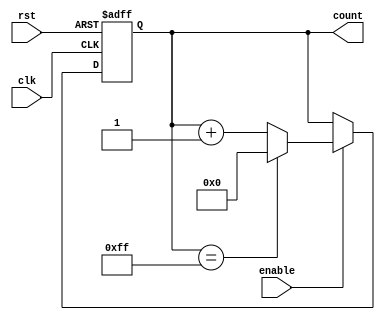
module memory_blocks_up_counter #(
    parameter N = 8  // Define the width of the counter (N bits)
)(
    input wire clk,         // Clock signal
    input wire rst,         // Asynchronous active-high reset
    input wire enable,      // Enable signal for counting
    output reg [N-1:0] count // N-bit output for the current count value
);

    // Always block triggered on the rising edge of the clock or when reset is high
    always @(posedge clk or posedge rst) begin
        if (rst) begin
            count <= 0;  // Reset the count to zero
        end else if (enable) begin
            if (count == (2**N - 1)) begin
                count <= 0;  // Wrap around to zero if maximum value is reached
            end else begin
                count <= count + 1;  // Increment the count
            end
        end
    end

endmodule